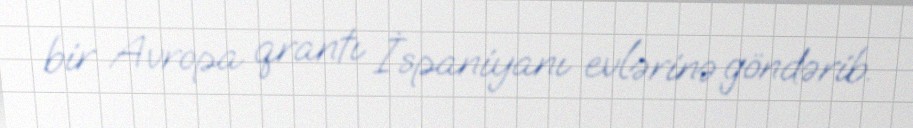
bir Avropa qrantı İspaniyanı evlərinə göndərib.